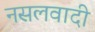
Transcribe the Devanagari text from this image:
नसलवादी